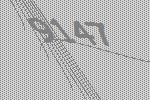
9147